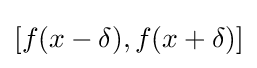
[f(x-\delta ),f(x+\delta )]